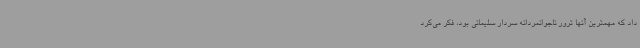
داد که مهمترین آنها ترور ناجوانمردانه سردار سلیمانی بود، فکر می‌کرد